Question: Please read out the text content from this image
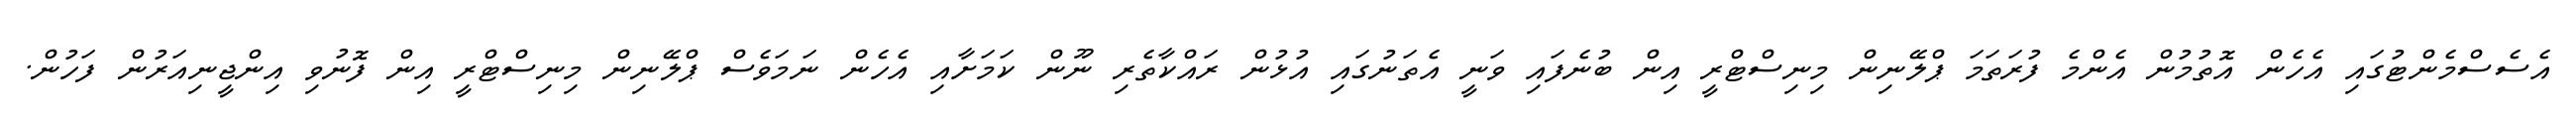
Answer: އެސެސްމެންޓުގައި އެހެން އޮތުމުން އެންމެ ފުރަތަމަ ޕްލޭނިން މިނިސްޓްރީ އިން ބުނެފައި ވަނީ އެތަނުގައި އުޅުން ރައްކާތެރި ނޫން ކަމަށާއި އެހެން ނަމަވެސް ޕްލޭނިން މިނިސްޓްރީ އިން ފޮނުވި އިންޖީނިއަރުން ފަހުން.